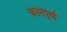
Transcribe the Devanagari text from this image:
कामपुर्ण